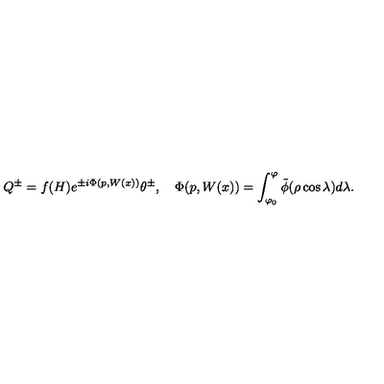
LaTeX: Q ^ { \pm } = f ( H ) e ^ { \pm i \Phi ( p , W ( x ) ) } \theta ^ { \pm } , \quad \Phi ( p , W ( x ) ) = \int _ { \varphi _ { 0 } } ^ { \varphi } \tilde { \phi } ( \rho \cos \lambda ) d \lambda .